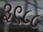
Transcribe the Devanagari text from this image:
३९८८